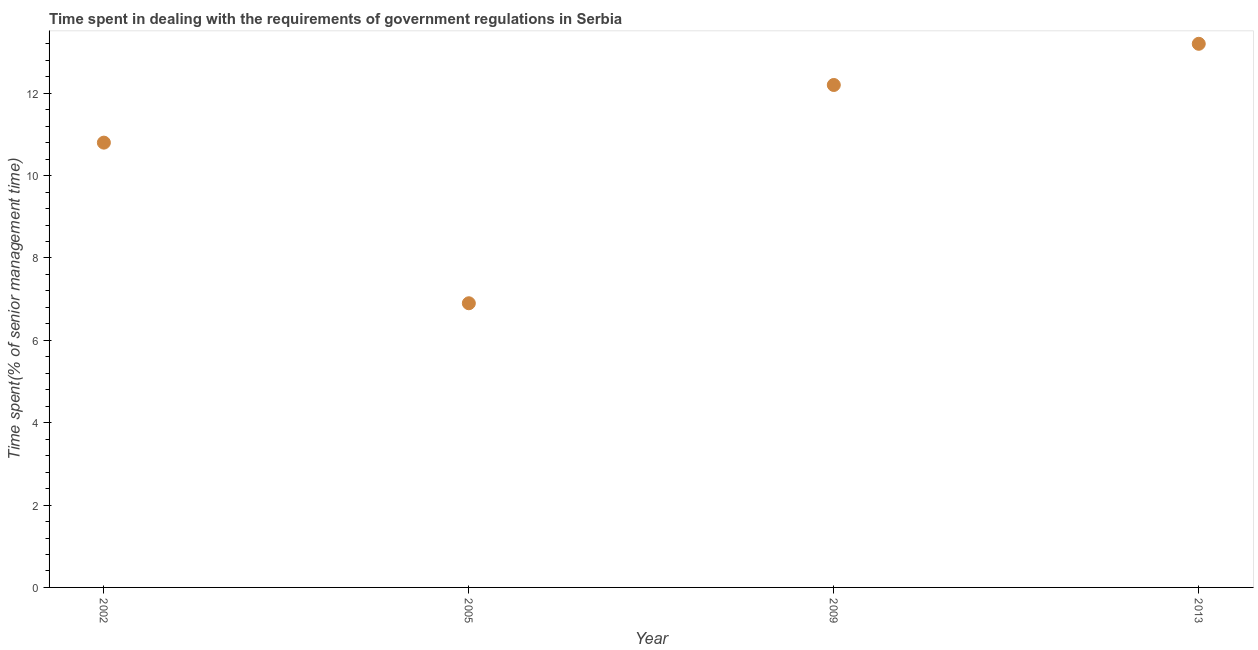
| Year | Government regulations |
 | --- | --- |
 | 2002 | 10.8 |
 | 2005 | 6.9 |
 | 2009 | 12.2 |
 | 2013 | 13.2 |